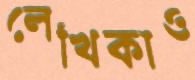
লেখিকাও